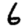
Digit: 6